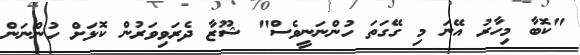
"ކޮބާ މިހާރު އޭނަ މި ގޭގަތަ ހުންނަނީވެސް" ޝޫޒާ ދެރަވިވަރުން ކޮޅަށް ހުންނަން